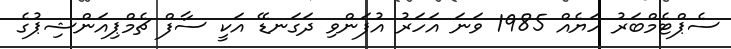
ސެޕްޓެމްބަރު ހަޔެއް 1985 ވަނަ އަހަރު އުފަންވި ދަގަނޑޭ އަކީ ސާފް ޗެމްޕިއަންޝިޕުގެ